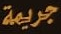
جريمة